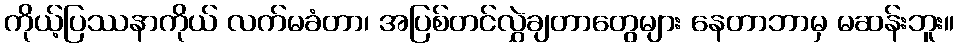
ကိုယ့်ပြဿနာကိုယ် လက်မခံတာ၊ အပြစ်တင်လွှဲချတာတွေများ နေတာဘာမှ မဆန်းဘူး။